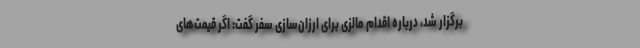
برگزار شد، درباره اقدام مالزی برای ارزان‌سازی سفر گفت: اگر قیمت‌های